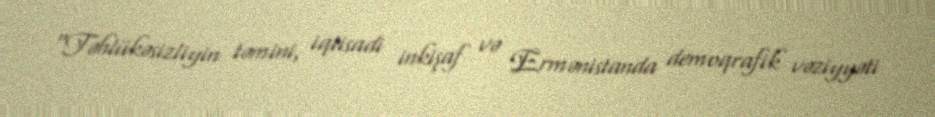
“Təhlükəsizliyin təmini, iqtisadi inkişaf və Ermənistanda demoqrafik vəziyyəti